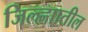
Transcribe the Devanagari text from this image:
जिल्ह्णाातील